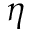
\eta